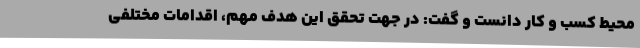
محیط کسب و کار دانست و گفت: در جهت تحقق این هدف مهم، اقدامات مختلفی